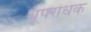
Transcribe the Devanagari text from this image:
धूपरोधक